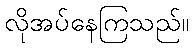
လိုအပ်နေကြသည်။